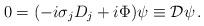
LaTeX: \begin{align*}0 = (-i \sigma_j D_j + i \Phi) \psi \equiv {\cal D} \psi \, .\end{align*}